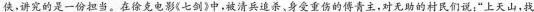
侠，讲究的是一份担当。在徐克电影《七剑》中，被清兵追杀、身受重伤的傅青主，对无助的村民们说：”上天山，找